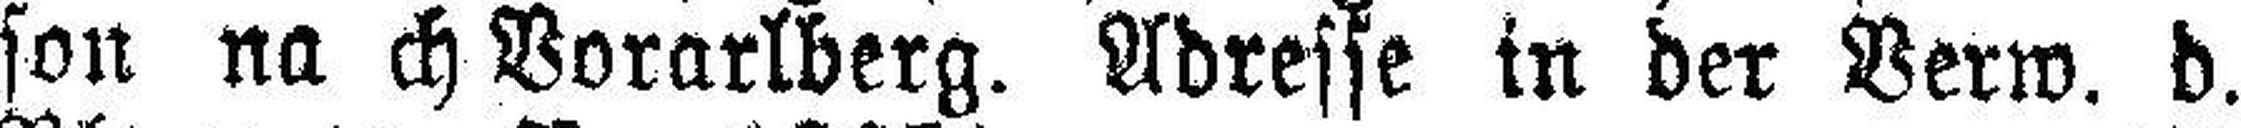
son nach Vorarlberg. Adresse in der Verw. d.